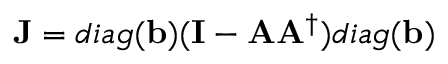
{ \bf J } = d i a g ( { \bf b } ) ( { \bf I } - { \bf A } { \bf A } ^ { \dagger } ) d i a g ( { \bf b } )